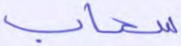
سحاب